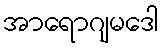
အာရောဂျမဒေါ